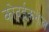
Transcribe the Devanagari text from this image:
कोदईकनाल